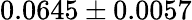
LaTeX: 0.0645\pm 0.0057